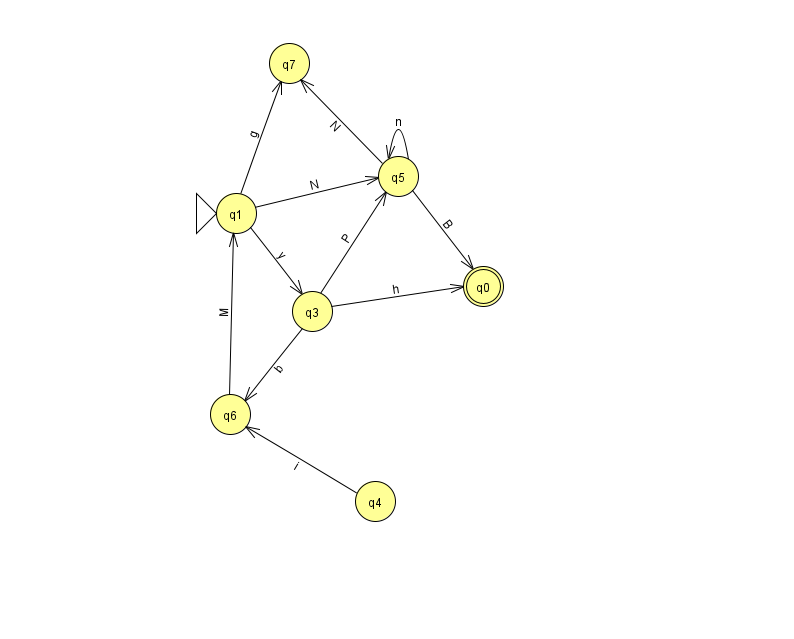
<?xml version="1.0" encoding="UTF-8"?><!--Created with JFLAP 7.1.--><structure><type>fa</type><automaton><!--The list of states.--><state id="0" name="q0"><x>483.0</x><y>273.0</y><final/></state><state id="1" name="q1"><x>236.0</x><y>200.0</y><initial/></state><state id="3" name="q3"><x>312.0</x><y>298.0</y></state><state id="4" name="q4"><x>375.0</x><y>488.0</y></state><state id="5" name="q5"><x>398.0</x><y>163.0</y></state><state id="6" name="q6"><x>230.0</x><y>401.0</y></state><state id="7" name="q7"><x>289.0</x><y>50.0</y></state><!--The list of transitions.--><transition><from>1</from><to>3</to><read>y</read></transition><transition><from>1</from><to>5</to><read>N</read></transition><transition><from>5</from><to>0</to><read>B</read></transition><transition><from>4</from><to>6</to><read>i</read></transition><transition><from>6</from><to>1</to><read>M</read></transition><transition><from>1</from><to>7</to><read>g</read></transition><transition><from>3</from><to>6</to><read>b</read></transition><transition><from>5</from><to>7</to><read>N</read></transition><transition><from>3</from><to>5</to><read>P</read></transition><transition><from>3</from><to>0</to><read>h</read></transition><transition><from>5</from><to>5</to><read>n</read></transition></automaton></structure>